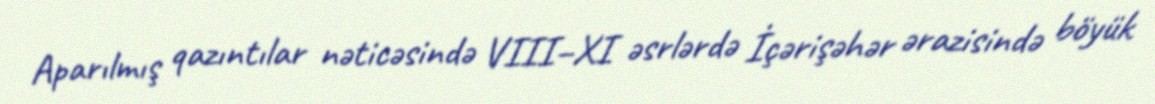
Aparılmış qazıntılar nəticəsində VIII–XI əsrlərdə İçərişəhər ərazisində böyük